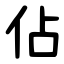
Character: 佔